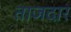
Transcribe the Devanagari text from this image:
ताजदार